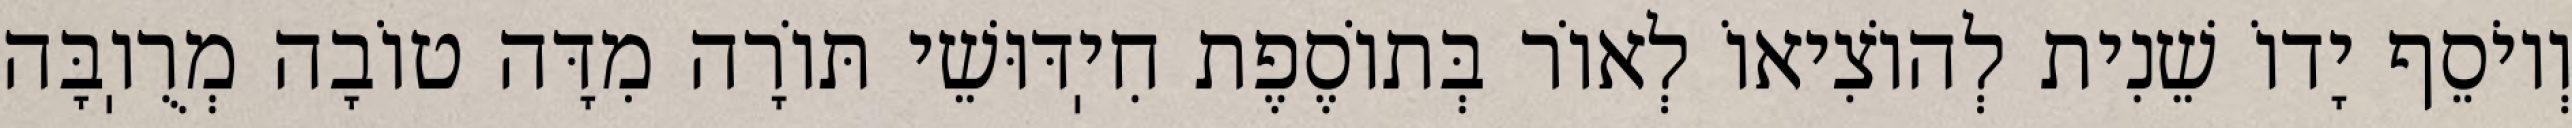
וְיוֹסֵף יָדוֹ שֵׁנִית לְהוֹצִיאוֹ לְאוֹר בְּתוֹסֶפֶת חִיֽדּוּשֵׁי תּוֹרָה מִדָּה טוֹבָה מְרֻוֽבָּה